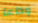
وداعا